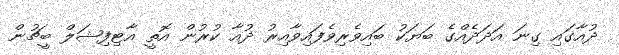
ދުއާގައި ގިނަ އަދަދެއްގެ ބަޔަކު ބައިވެރިވެފައިވާއިރު ދުއާ ކުރުން އޮތީ އާޓިފިޝަލް ބީޗުން